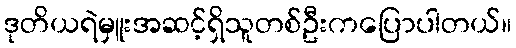
ဒုတိယရဲမှူးအဆင့်ရှိသူတစ်ဦးကပြောပါတယ်။